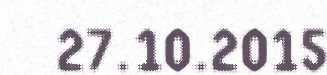
27.10.2015